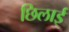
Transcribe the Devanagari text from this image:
छिलाई